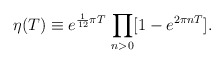
\begin{align*}\eta(T) \equiv e^{\frac{1}{12} \pi T} \, \prod_{n>0} [1-e^{2 \pi n T}].\end{align*}